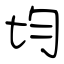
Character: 均